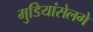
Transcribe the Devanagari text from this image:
मुडियांसेलगे